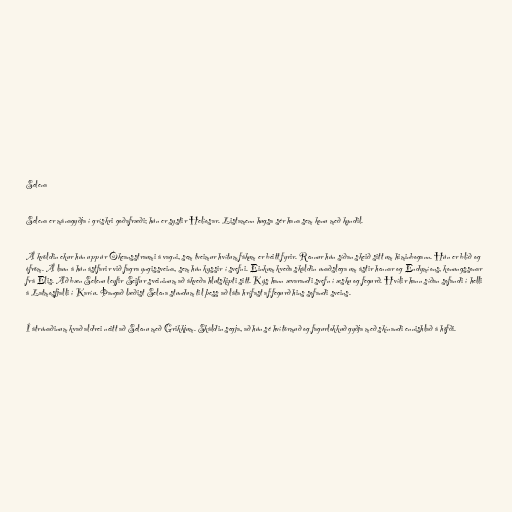
Selena

Selena er mánagyðja í grískri goðafræði; hún er systir Helíosar. Listamenn hugsa sér hana sem konu með kyndil.

Á kvöldin ekur hún upp úr Ókeansstraumi á vagni, sem tveimur hvítum fákum er beitt fyrir. Rennur hún síðan skeið sitt um himinbogann. Hún er blíð og
ófröm. Á laun á hún ástfarir við fagra yngissveina, sem hún kyssir í svefni. Einkum kveða skáldin unaðslega um ástir hennar og Endymíons, konungssonar
frá Elis. Að bæn Selenu leyfir Seifur sveininum að ákveða hlutskipti sitt. Kýs hann ævarandi svefn í æsku og fegurð. Hvílir hann síðan sofandi í helli
á Latmosfjalli í Karíu. Þangað læðist Selena stundum til þess að láta hrífast af fegurð hins sofandi sveins.

Í átrúnaðinum kvað aldrei neitt að Selenu með Grikkjum. Skáldin segja, að hún sé hvítörmuð og fagurlokkuð gyðja með skínandi ennishlað á höfði.